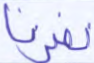
نصرنا